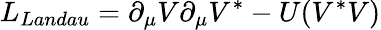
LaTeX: L_{Landau}=\partial_{\mu}V\partial_{\mu}V^{*}-U(V^{*}V)